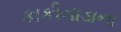
કાકીનાડાના